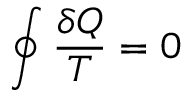
\oint { \frac { \delta Q } { T } } = 0